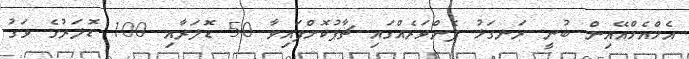
އެމްއެމްއޭއިން ބުނީ ރަނގަޅު ފެންވަރެއްގައި ޗާޕުކޮށްފައިވާ 50 ޑޮލަރާއި 100 ޑޮލަރުގެ ވަގު